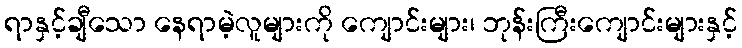
ရာနှင့်ချီသော နေရာမဲ့လူများကို ကျောင်းများ၊ ဘုန်းကြီးကျောင်းများနှင့်